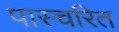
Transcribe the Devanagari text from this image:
पास्चरित